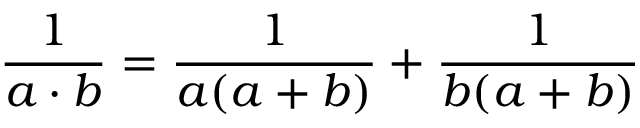
{ \frac { 1 } { a \cdot b } } = { \frac { 1 } { a ( a + b ) } } + { \frac { 1 } { b ( a + b ) } }